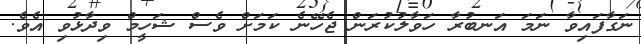
ނަގާފައިވާ ނަމަ އަނބުރާ ހަވާލުކުރަން ޖެހޭނެ ކަމަށް ވެސް ޝަހީމް ވިދާޅުވި އެވެ.